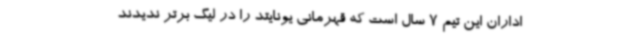
اداران این تیم 7 سال است که قهرمانی یونایتد را در لیگ برتر ندیدند